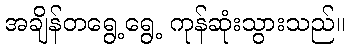
အချိန်တရွေ့ရွေ့ ကုန်ဆုံးသွားသည်။